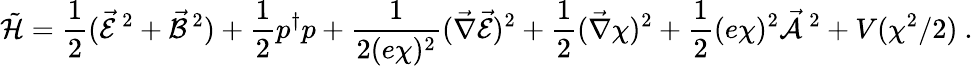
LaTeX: \tilde{\cal H}=\frac{1}{2}(\vec{\cal E}^{\, 2}+\vec{\cal B}^{\, 2})+\frac{1}{2}p^{\dagger}p+\frac{1}{2(e\chi)^{2}}(\vec{\nabla}\vec{\cal E})^{2}+\frac{1}{2}(\vec{\nabla}\chi)^{2}+\frac{1}{2}(e\chi)^{2}\vec{\cal A}^{\, 2}+V(\chi^{2}/2)\ .